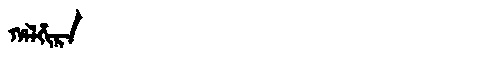
Manchu: ᡥᠠᠯᡥᡳᡵᠠ
Romanization: HALHIRA